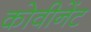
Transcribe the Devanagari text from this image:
कोवीनेंट